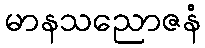
မာနသညောဇနံ